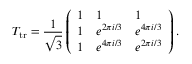
T _ { \mathrm { t r } } = \frac { 1 } { \sqrt { 3 } } \left( \begin{array} { l l l } { 1 } & { 1 } & { 1 } \\ { 1 } & { e ^ { 2 \pi i / 3 } } & { e ^ { 4 \pi i / 3 } } \\ { 1 } & { e ^ { 4 \pi i / 3 } } & { e ^ { 2 \pi i / 3 } } \end{array} \right) .